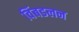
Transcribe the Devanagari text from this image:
विंबडलन